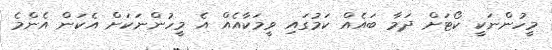
މީހުންނަކީ ކޯޓަށް ދަމާ ބައެއް ކަމުގައި ވީމަކާއެއް އެ މީހުންނަކަށް އެކަން އެންމެ